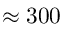
\approx 3 0 0